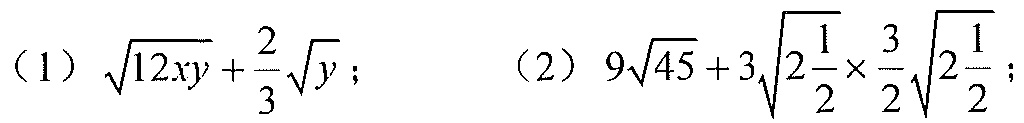
（1）\(\sqrt{12xy}+\frac{2}{3}\sqrt{y}\)； （2）\(9\sqrt{45}+3\sqrt{2\frac{1}{2}}\times\frac{3}{2}\sqrt{2\frac{1}{2}}\)；